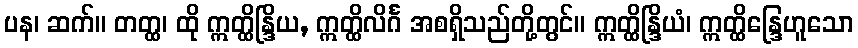
ပန၊ ဆက်။ တတ္ထ၊ ထို ဣတ္ထိန္ဒြိယ, ဣတ္ထိလိင်္ဂ အစရှိသည်တို့တွင်။ ဣတ္ထိန္ဒြိယံ၊ ဣတ္ထိန္ဒြေဟူသော